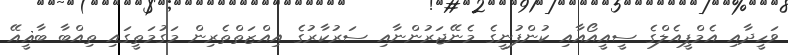
ވަހީދާއި އެމްޕީއެލްގެ ސީއީއޯއާއި ކުންފުނީގެ މެނޭޖަރުންނާއި ސަރުކާރުގެ އިއްޒަތްތެރިން މަގުމަތީގައި ތިއްބާ ބާޣީއޭ